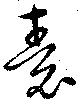
袁